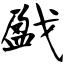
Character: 戤